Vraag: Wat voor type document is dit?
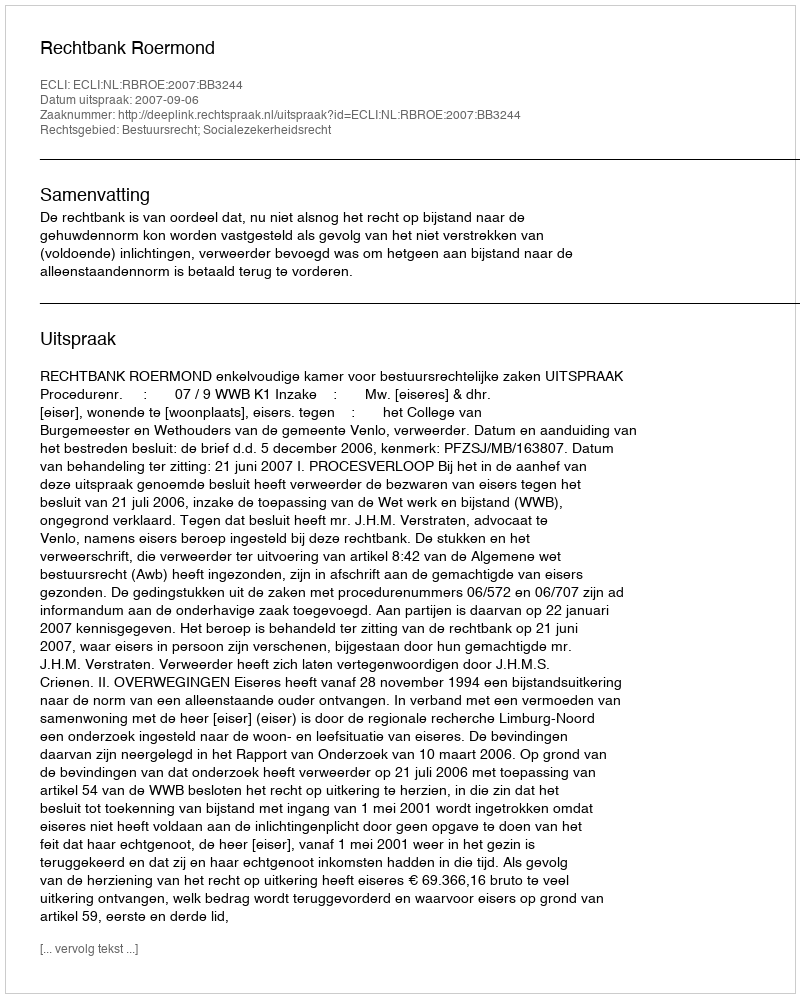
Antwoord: Uitspraak